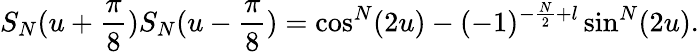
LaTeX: S_{N}(u+\frac{\pi}{8})S_{N}(u-\frac{\pi}{8})=\cos^{N}(2u)-(-1)^{-\frac{N}{2}+l}\sin^{N}(2u).